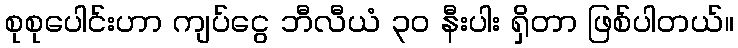
စုစုပေါင်းဟာ ကျပ်ငွေ ဘီလီယံ ၃၀ နီးပါး ရှိတာ ဖြစ်ပါတယ်။